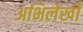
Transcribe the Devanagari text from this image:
अभिलेखोँ